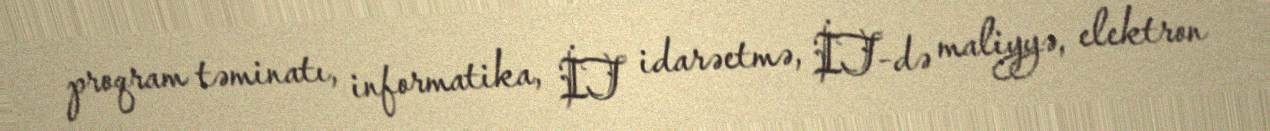
proqram təminatı, informatika, İT idarəetmə, İT-də maliyyə, elektron